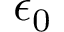
\epsilon _ { 0 }